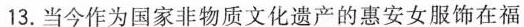
13.当今作为国家非物质文化遗产的惠安女服饰在福